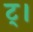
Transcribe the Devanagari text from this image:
ट्।